Medical and sanitary report of the native army of Madras for the year
Year: 1878
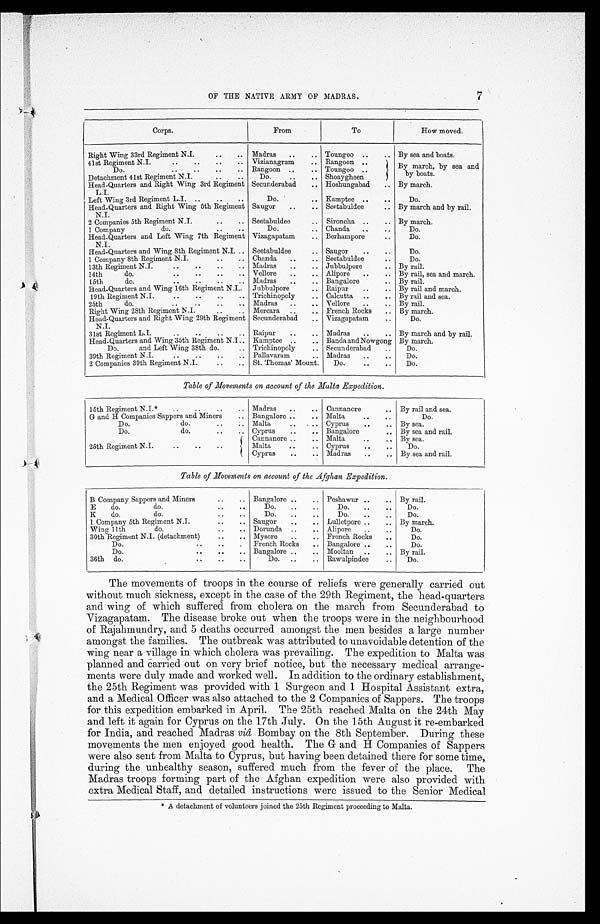
OF THE NATIVE ARMY OF MADRAS.
7
Corps.
From
To
How moved.
Right Wing 33rd Regiment N.I.
..
.. Madras
..
.. Toungoo ..
.. By sea and boats.
41st Regiment N.I.
.. ..
..
.. Vizianagram
.. Rangoon ..
By march, by sea and
by boats.
Do.
..
,,
_
.. Rangoon ..
. . Toungoo ..
Detachment 41st Regiment N. I.
...
Do.
..
.. Shoaygheen
Head-Quarters and Right Wing 3rd Regiment
L. I.
Secunderabad
.. Hoshungabad
.. By march.
Left Wing 3rd Regiment L. I. ..
..
..
Do.
.. Kamptee ..
..
Do.
Head-Quarters and Right Wing 5th Regiment
N. I.
Saugor
.. .. Seetabuldee
.. By march and by rail.
2 Companies 5th Regiment N. I.
..
.. Seetabuldee
.. Sironcha ..
.. By march.
1 Company
do.
..
..
Do.
. . Chanda
..
..
Do.
Head-Quarters and Left Wing 7th Regiment
N. I.
Vizagapatam
.. Berhampore
..
Do.
Head-Quarters and Wing 8th Regiment N. I ... Seetabuldee
.. Saugor
..
..
Do.
1 Company 8th Regiment N. I.
..
.. Chanda
..
.. Seetabuldee
..
Do.
13th Regiment N.I.
,.
..
_
.. Madras
..
.. Jubbulpore
.. By rail.
14th
do.
..
..
..
.. Vellore
..
.. Alipore
..
.. By rail, sea and march.
15th
do.
..
..
..
.. Madras
..
.. Bangalore .... By rail.
Head-Quarters and Wing 16th Regiment N. I.. Jubbulpore
.. Raipur
..
.. By rail and march.
19th Regiment N. I.
..
..
..
.. Trichinopoly
.. Calcutta ..
.. By rail and sea.
25th
do.
..
..
..
.
Madras
..
.. Vellore
.
.. By rail.
Right Wing 28th Regiment N. I..
.. Mercara ..
.. French Rocks
.. By march.
Head-Quarters and Right Wing 29th Regiment
N. I.
Secunderabad
. . Vizagapatam
..
Do.
31st Regiment
L . I . . . . . . .
Raipur
..
.. Madras
..
.. By march and by rail.
Head-Quarters and Wing 35th Regiment N. I... Kamptee ..
.. Banda and Nowgong By march.
Do. and Left Wing 38th do.
.. Trichinopoly
.. Secunderabad
..
Do.
39th Regiment N. I.
..
..
.... Pallavaram
.. Madras
.. ..
Do.
2 Companies 39th Regiment N. I.
..
.. St. Thomas' Mount.
Do.
..
..
Do.
Table of Movements on account of the Malta Expedition.
15th Regiment N. I.*
..
..
..
.. Madras
..
.. Cannanore
.
By rail and sea.
G and H Companies Sappers and Miners
.. Bangalore ..
.. Malta
..
..
Do.
Do.
do.
..
:. Malta
, .
Cyprus
..
.. By sea.
Do.
do.
..
.. Cyprus
..
.. Bangalore
.. By sea and rail.
25th Regiment N. I.
..
..
..
Cannanore ..
.. Malta
..
.. By sea.
Malta
..
.. Cyprus
..
..
Do.
Cyprus
..
.. Madras
..
. . By sea and rail.
Table of Movements on account of the Afghan Expedition.
B Company Sappers and Miners
..
.. Bangalore ..
.. Peshawur ..
.. By rail.
E
do.
do.
..
..
Do.
..
..
Do.
..
..
Do.
K
do.
do.
..
..
Do.
..
Do.
..
..
Do.
1 Company 5th Regiment N. I.
..
.. Saugor
..
. . Lulletpore .. .. By march.
Wing 11th
do.
..
.. Dorunda .... Alipore
..
. .
Do.
30th Regiment N. I. (detachment)
..
.. Mysore
..
.. French Rocks
..
Do.
Do.
..
..
.
...
French Rocks
Bangalore ..
..
Do.
Do.
..
..
.. Bangalore ..
.. Mooltan ..
.. By rail.
36th do.
..
..
..
Do.
..
.. Rawulpindee
..
Do.
The movements of troops in the course of reliefs were generally carried out
w i t h o u t m u c h s i c k n e s s , e x c e p t i n t h e c a s e o f t h e 2 9 t h R e g i m e n t , t h e h e a d - q u a r t e r s
a n d w i n g o f w h i c h s u f f e r e d f r o m c h o l e r a o n t h e m a r c h f r o m S e c u n d e r a b a d t o
Vizagapatam. The disease broke out when the troops were in the neighbourhood
o f R a j a h m u n d r y , a n d 5 d e a t h s o c c u r r e d a m o n g s t t h e m e n b e s i d e s a l a r g e n u m b e r
a m o n g s t t h e f a m i l i e s . T h e o u t b r e a k w a s a t t r i b u t e d t o u n a v o i d a b l e d e t e n t i o n o f t h e
w i n g n e a r a v i l l a g e i n w h i c h c h o l e r a w a s p r e v a i l i n g . T h e e x p e d i t i o n t o M a l t a w a s
planned and harried out on very brief notice, but the necessary medical arrange-
m e n t s w e r e d u l y m a d e a n d w o r k e d w e l l . I n a d d i t i o n t o t h e o r d i n a r y e s t a b l i s h m e n t ,
t h e 2 5 t h R e g i m e n t w a s p r o v i d e d w i t h 1 S u r g e o n a n d 1 H o s p i t a l A s s i s t a n t e x t r a ,
a n d a M e d i c a l O f f i c e r w a s a l s o a t t a c h e d t o t h e 2 C o m p a n i e s o f S a p p e r s . T h e t r o o p s
f o r t h i s e x p e d i t i o n e m b a r k e d i n A p r i l . T h e 2 5 t h r e a c h e d M a l t a o n t h e 2 4 t h M a y
a n d l e f t i t a g a i n f o r C y p r u s o n t h e 1 7 t h J u l y . O n t h e 1 5 t h A u g u s t i t r e - e m b a r k e d
f o r I n d i a , a n d r e a c h e d M a d r a sv
i â,
B o m b a y o n t h e 8 t h S e p t e m b e r . D u r i n g t h e s e
novements the men enjoyed good health. The G and H Companies of Sappers
w e r e a l s o s e n t f r o m M a l t a t o C y p r u s , b u t h a v i n g b e e n d e t a i n e d t h e r e f o r s o m e t i m e ,
luring the unhealthy season, suffered much from the fever of the place. The
M a d r a s t r o o p s f o r m i n g p a r t o f t h e A f g h a n e x p e d i t i o n w e r e a l s o p r o v i d e d w i t h .
e x t r a M e d i c a l S t a f f , a n d d e t a i l e d i n s t r u c t i o n s w e r e i s s u e d t o t h e S e n i o r M e d i c a l
* A detachment of volunteers joined the 25th Regiment proceeding to Malta.